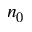
n _ { 0 }